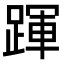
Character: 𨂱